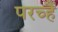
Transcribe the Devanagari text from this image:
परच्हैं